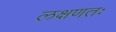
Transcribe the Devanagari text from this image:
लक्षणतः